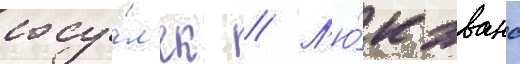
сосу́л'ек // Л'ю́к эванс